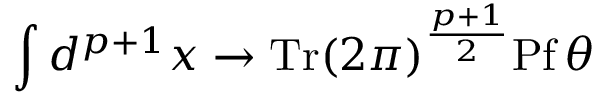
\int d ^ { p + 1 } x \rightarrow \mathrm { T r } ( 2 \pi ) ^ { \frac { p + 1 } { 2 } } \mathrm { P f } \, \theta